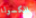
الكسولة